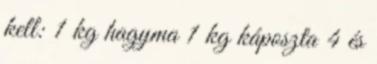
kell: 1 kg hagyma 1 kg káposzta 4 és